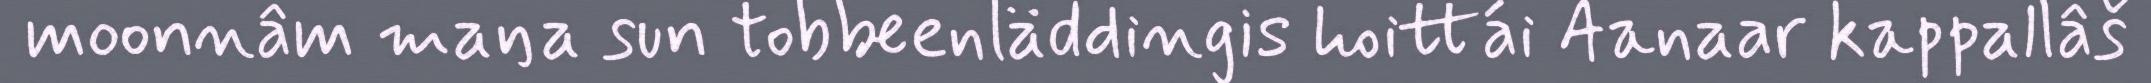
moonnâm maŋa sun tobbeenläddingis hoittái Aanaar kappallâš